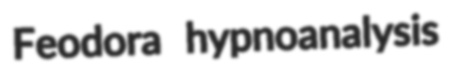
Feodora hypnoanalysis